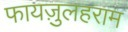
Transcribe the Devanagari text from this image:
फायज़ुलहराम